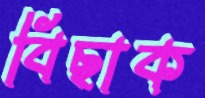
বিছাক